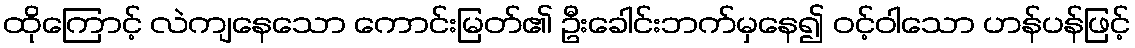
ထိုကြောင့် လဲကျနေသော ကောင်းမြတ်၏ ဦးခေါင်းဘက်မှနေ၍ ဝင့်ဝါသော ဟန်ပန်ဖြင့်